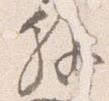
解